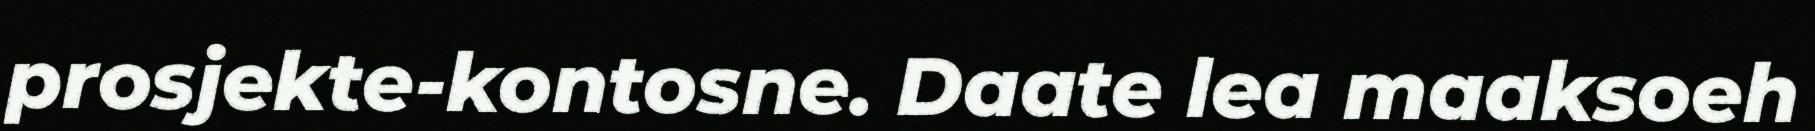
prosjekte-kontosne. Daate lea maaksoeh